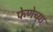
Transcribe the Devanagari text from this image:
फेणेच्या